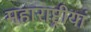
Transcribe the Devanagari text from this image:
महाराष्ट्रीयां